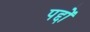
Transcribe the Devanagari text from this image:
पद्दों